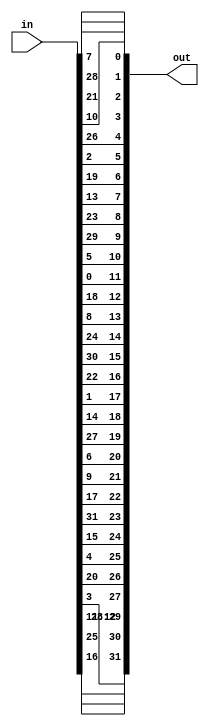
`timescale 1ns / 1ps
//////////////////////////////////////////////////////////////////////////////////
// Company: 
// Engineer: 
// 
// Design Name: 
// Module Name: Permutation
// Project Name: 
// Target Devices: 
// Tool Versions: 
// Description: 
// 
// Dependencies: 
// 
// Revision:
// Revision 0.01 - File Created
// Additional Comments:
// 
//////////////////////////////////////////////////////////////////////////////////


module Permutation(
    input [0:31] in,
    output [0:31] out
    );
    
    assign out[0] = in[15];
    assign out[1] = in[6];
    assign out[2] = in[19];
    assign out[3] = in[20];
    assign out[4] = in[28];
    assign out[5] = in[11];
    assign out[6] = in[27];
    assign out[7] = in[16];
    
    assign out[8] = in[0];
    assign out[9] = in[14];
    assign out[10] = in[22];
    assign out[11] = in[25];
    assign out[12] = in[4];
    assign out[13] = in[17];
    assign out[14] = in[30];
    assign out[15] = in[9];
    
    assign out[16] = in[1];
    assign out[17] = in[7];
    assign out[18] = in[23];
    assign out[19] = in[13];
    assign out[20] = in[31];
    assign out[21] = in[26];
    assign out[22] = in[2];
    assign out[23] = in[8];
    
    assign out[24] = in[18];
    assign out[25] = in[12];
    assign out[26] = in[29];
    assign out[27] = in[5];
    assign out[28] = in[21];
    assign out[29] = in[10];
    assign out[30] = in[3];
    assign out[31] = in[24];    
    
endmodule